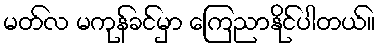
မတ်လ မကုန်ခင်မှာ ကြေညာနိုင်ပါတယ်။